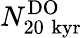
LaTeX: N_{20\; \mathrm{kyr}}^{\mathrm{DO}}